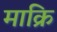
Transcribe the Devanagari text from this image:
माक्रि